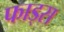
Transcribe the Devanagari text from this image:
फाड्स